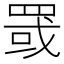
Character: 罭